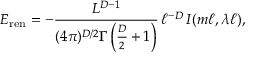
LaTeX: E _ { \mathrm { r e n } } = - \frac { L ^ { D - 1 } } { ( 4 \pi ) ^ { D / 2 } \Gamma \left( \frac { D } { 2 } + 1 \right) } \, \ell ^ { - D } \, { \cal I } ( m \ell , \lambda \ell ) ,